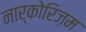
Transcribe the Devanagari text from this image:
नार्कोरिज़म